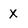
Character: X